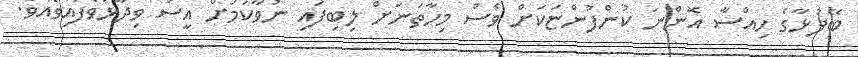
ބޭފުޅާގެ ހިއްސާ އޮންނަ ކުންފުންޏަކަށް ވެސް މިހާތަނަށް ލިބިފައި ނުވާކަމަށް އީސަ ވިދާޅުވެފައިވެއެވެ.